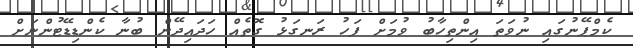
ކެމްޕޭނުގައި ނުވަތަ އިންތިހާބު ވުމަށް ފަހު ރަނގަޅު ގޮތެއް ހަދައިދޭން ބުނާ ކެންޑިޑޭޓުންނަށް